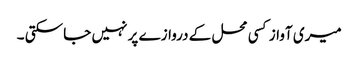
میری آواز کسی محل کے دروازے پر نہیں جا سکتی ۔